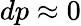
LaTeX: dp\approx 0